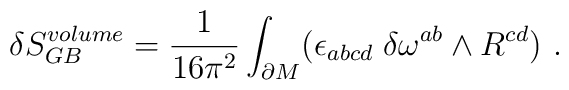
\delta S_{GB}^{volume} =  {1\over 16 \pi^2}\int_{\partial M }(\epsilon_{abcd}\;  \delta \omega^{ab}  \wedge R^{cd})  \ .